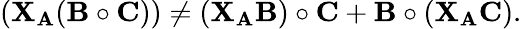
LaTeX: (\mathbf{X}_{\mathbf{A}}({\mathbf{B}}\circ{\mathbf{C}}))\neq(\mathbf{X}_{\mathbf{A}}{\mathbf{B}})\circ{\mathbf{C}}+{\mathbf{B}}\circ(\mathbf{X}_{\mathbf{A}}{\mathbf{C}}).